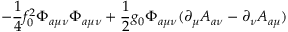
- \frac 1 4 f _ { 0 } ^ { 2 } \Phi _ { a \mu \nu } \Phi _ { a \mu \nu } + \frac 1 2 g _ { 0 } \Phi _ { a \mu \nu } ( \partial _ { \mu } A _ { a \nu } - \partial _ { \nu } A _ { a \mu } )